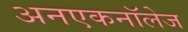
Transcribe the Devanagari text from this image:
अनएकनॉलेज